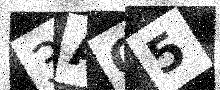
Text: 3AQ5